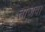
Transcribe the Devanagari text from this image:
ताजवा